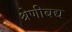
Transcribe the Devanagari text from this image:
श्रेणीबद्य